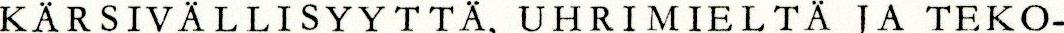
KÄRSIVÄLLISYYTTÄ, UHRIMIELTÄ JA TEKO-